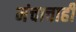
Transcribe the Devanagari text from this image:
मंचाचाही